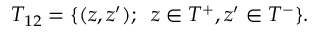
{ \cal T } _ { 1 2 } = \{ ( z , z ^ { \prime } ) ; \; \; z \in { \cal T } ^ { + } , z ^ { \prime } \in { \cal T } ^ { - } \} .